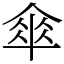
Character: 傘